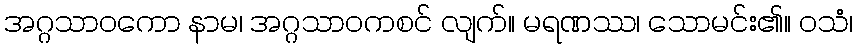
အဂ္ဂသာဝကော နာမ၊ အဂ္ဂသာဝကစင် လျက်။ မရဏဿ၊ သောမင်း၏။ ဝသံ၊